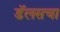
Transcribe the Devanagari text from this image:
डॅलसचा